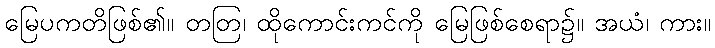
မြေပကတိဖြစ်၏။ တတြ၊ ထိုကောင်းကင်ကို မြေဖြစ်စေရာ၌။ အယံ၊ ကား။